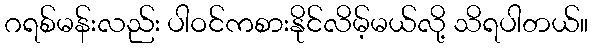
ဂရစ်မန်းလည်း ပါဝင်ကစားနိုင်လိမ့်မယ်လို့ သိရပါတယ်။